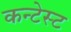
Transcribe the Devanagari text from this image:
कन्टेस्ट